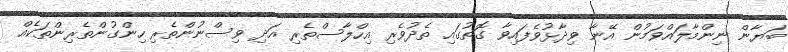
ބަޔާން ނިންމާލައްވަމުން އޭނާ ވިދާޅުވެފައިވާ ގޮތުގައި ތެދުވެރި އިހްލާސްތެރި އަދި ވިސްނުންތެރި ހިންގުންތެރިންތަކެއް